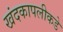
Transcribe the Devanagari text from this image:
खंदकापलीकडे